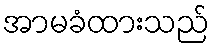
အာမခံထားသည်